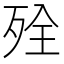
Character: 𰙾